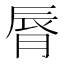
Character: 脣